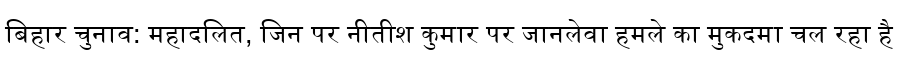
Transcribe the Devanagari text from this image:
बिहार चुनाव: महादलित, जिन पर नीतीश कुमार पर जानलेवा हमले का मुकदमा चल रहा है